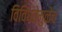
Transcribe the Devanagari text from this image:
विविधतेमुळेच